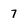
Character: 7